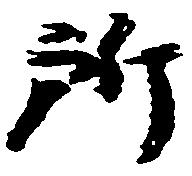
所